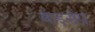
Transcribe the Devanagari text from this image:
बाइसेप